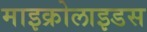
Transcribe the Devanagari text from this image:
माइक्रोलाइडस